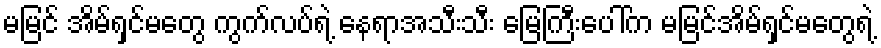
မမြင် အိမ်ရှင်မတွေ ကွက်လပ်ရဲ့ နေရာအသီးသီး မြေကြီးပေါ်က မမြင်အိမ်ရှင်မတွေရဲ့